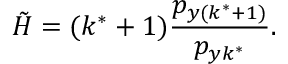
\tilde { H } = ( k ^ { \ast } + 1 ) \frac { p _ { y ( k ^ { \ast } + 1 ) } } { p _ { y k ^ { \ast } } } .